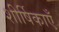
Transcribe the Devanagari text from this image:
शीर्षिकाएँ